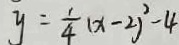
y = \frac { 1 } { 4 } ( x - 2 ) ^ { 2 } - 4